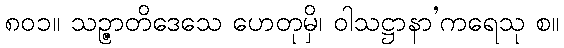
၈၀၁။ သဉ္ဇာတိဒေသေ ဟေတုမှိ၊ ဝါသဋ္ဌာနာ’ကရေသု စ။